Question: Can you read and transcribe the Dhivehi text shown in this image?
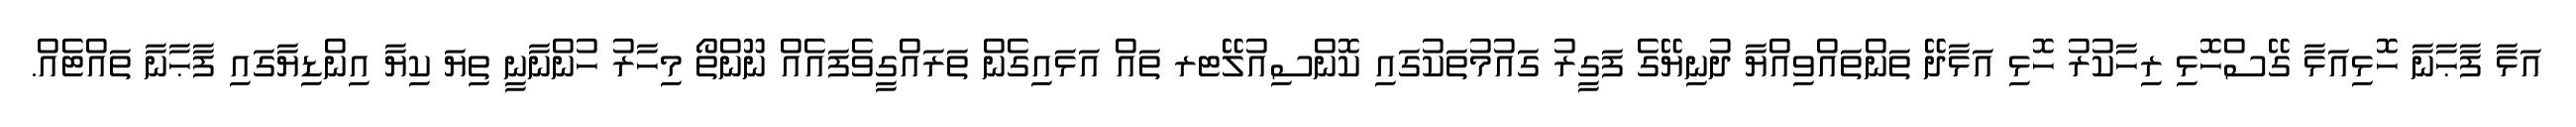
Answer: އަޅާ ފާޙާނާ ހޮޅިއަޅާ ގޭސްހޮޅި ރިހާކުރު ހޮޅި އަޅާދޭ ތަންތައްވިއްޔާ ދުނިޔޭގެ ފަގީރު ގައުމުތަކުގައި ކޮންސިއުލޭޓރ ތައް އަޅައިގެން ތަރައްގީވެފައެއް ނޫންތޯ މިހާރު ހުންނާނީ ތިޔަ ކިޔާ އިންޑިޔާގައި ފާޙާނާ ތައްޓެއް.